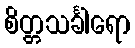
စိတ္တသင်္ခါရော